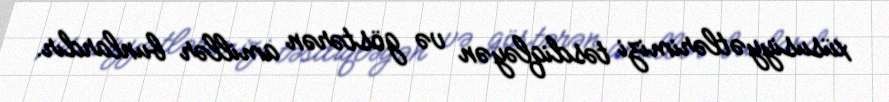
xüsusiyyətlərimizi təsdiqləyən və göstərən amillər bunlardır.